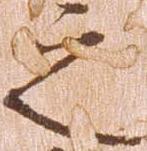
之